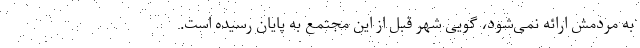
به مردمش ارائه نمی‌شود، گویی شهر قبل از این مجتمع به پایان رسیده است.